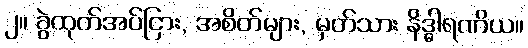
၂။ ခွဲထုတ်အပ်ငြား, အစိတ်များ, မှတ်သား နိဒ္ဓါရဏိယ။